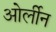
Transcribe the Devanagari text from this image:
ओर्लीन